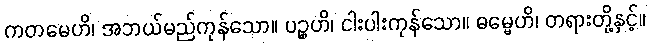
ကတမေဟိ၊ အဘယ်မည်ကုန်သော။ ပဉ္စဟိ၊ ငါးပါးကုန်သော။ ဓမ္မေဟိ၊ တရားတို့နှင့်။